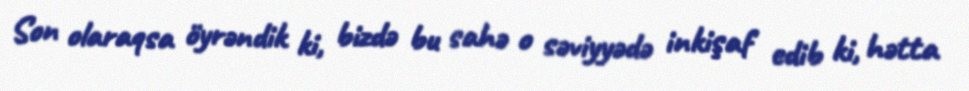
Son olaraqsa öyrəndik ki, bizdə bu sahə o səviyyədə inkişaf edib ki, hətta